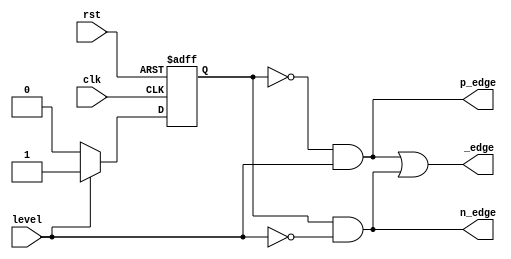
`timescale 1ns / 1ps

module edgeDetector(
    input clk,
    input rst,
    input level,
    output p_edge, n_edge, _edge
    );
    
reg state;
reg next_state;
parameter s0 = 0;
parameter s1 = 1;

always @(posedge clk, posedge rst)
begin
    if(rst)
        state <= s0;
    else
        state <= next_state;
end    
    
always @(level or state)
begin
    case(state)
        s0:
            begin
                if(level)
                    next_state = s1;
                else
                    next_state = s0;
            end
        s1:
            begin
                if(level)
                    next_state = s1;
                else
                    next_state = s0;
            end
      default: next_state = s0;
    endcase
end    
    
assign p_edge = (state == 0) & level;
assign n_edge = (state == s1) & ~level;
assign _edge = p_edge | n_edge; 
    
    
endmodule